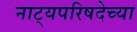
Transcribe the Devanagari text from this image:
नाट्यपरिषदेच्या